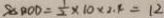
S _ { \Delta B O D } = \frac { 1 } { 2 } \times 1 0 \times 2 . 4 = 1 2